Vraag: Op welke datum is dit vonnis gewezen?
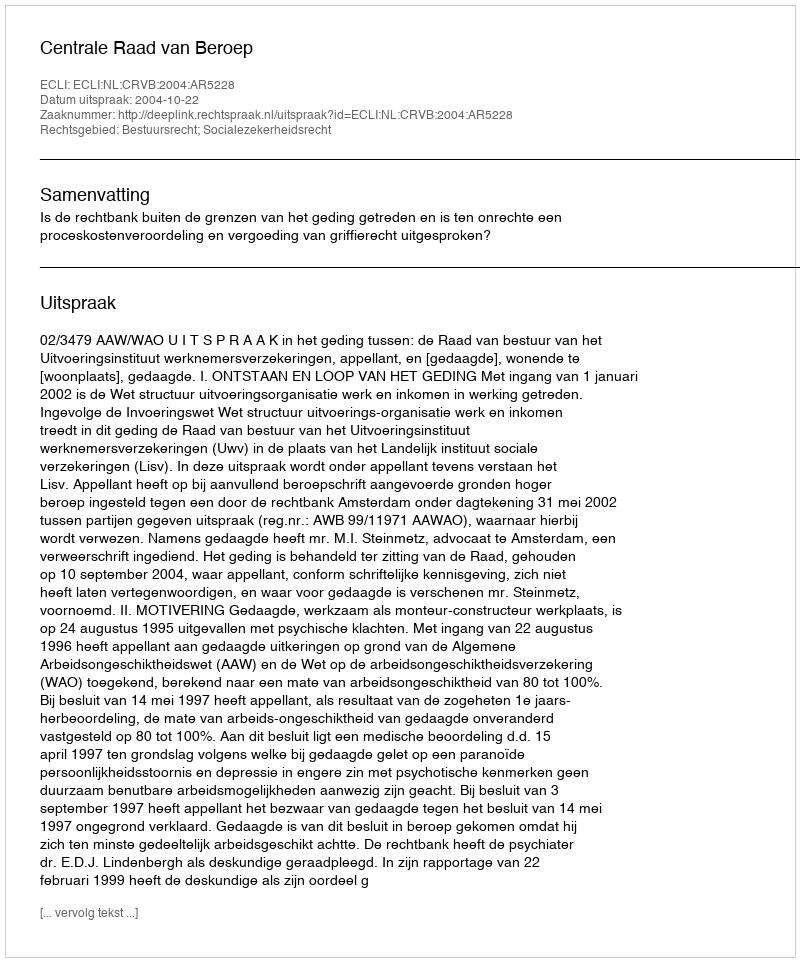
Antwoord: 2004-10-22